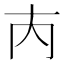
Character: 𡗚